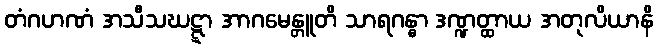
တံဂဟဏံ အသီသဃဋ္ဋာ အာဂမေန္တူတိ သာရဂန္ဓာ ဒဏ္ဍတ္ထာယ အတုလိယာနိ